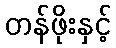
တန်ဖိုးနှင့်